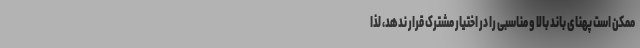
ممکن است پهنای باند بالا و مناسبی را در اختیار مشترک قرار ندهد، لذا